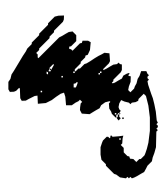
Text: May
Cross-out: scratch
Writing tool: digital_black